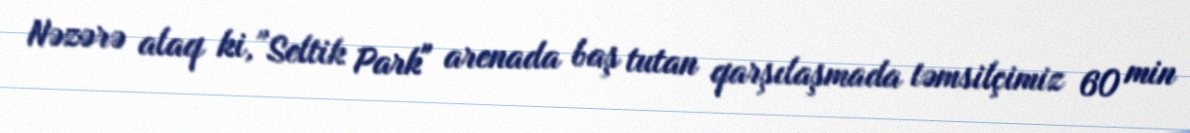
Nəzərə alaq ki, "Seltik Park" arenada baş tutan qarşılaşmada təmsilçimiz 60 min